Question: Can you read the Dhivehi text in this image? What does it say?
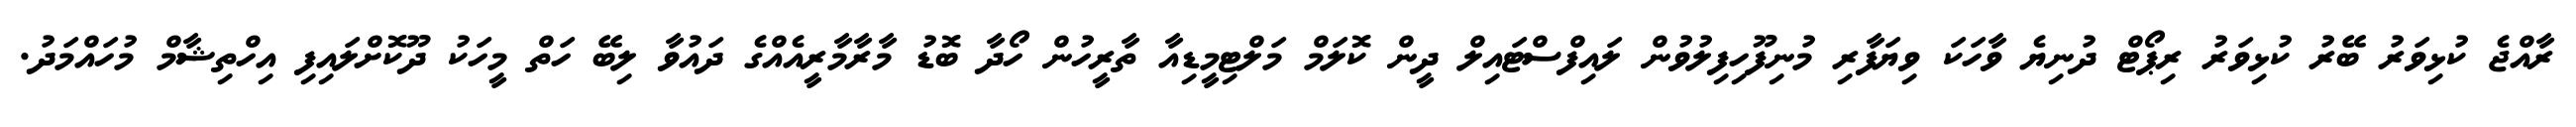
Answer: ރާއްޖެ ކުޅިވަރު ބޭރު ކުޅިވަރު ރިޕޯޓް ދުނިޔެ ވާހަކަ ވިޔަފާރި މުނިފޫހިފިލުވުން ލައިފްސްޓައިލް ދީން ކޮލަމް މަލްޓިމީޑިއާ ތާރީހުން ހޯދާ ބޮޑު މާރާމާރީއެއްގެ ދައުވާ ލިބޭ ހަތް މީހަކު ދޫކޮށްލައިފި އިހްތިޝާމް މުހައްމަދު.